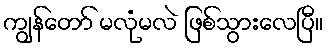
ကျွန်တော် မလုံမလဲ ဖြစ်သွားလေပြီ။